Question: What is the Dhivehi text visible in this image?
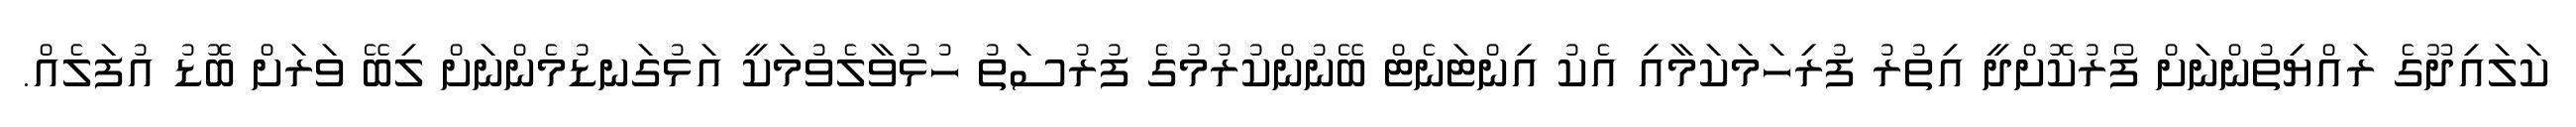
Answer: ކަލައިދޫގެ ރައްޔިތުންނަށް ފޯރުކޮށްދީ އިތުރު ފުރިހަމަކަމާއި އެކު އިންޓަނެޓް ބޭނުންކުރުމުގެ ފުރުސަތު ހުޅުވާލެވުމަކީ އަޅުގަނޑުމެންނަށް ލިބޭ ވަރަށް ބޮޑު އުފަލެއް.